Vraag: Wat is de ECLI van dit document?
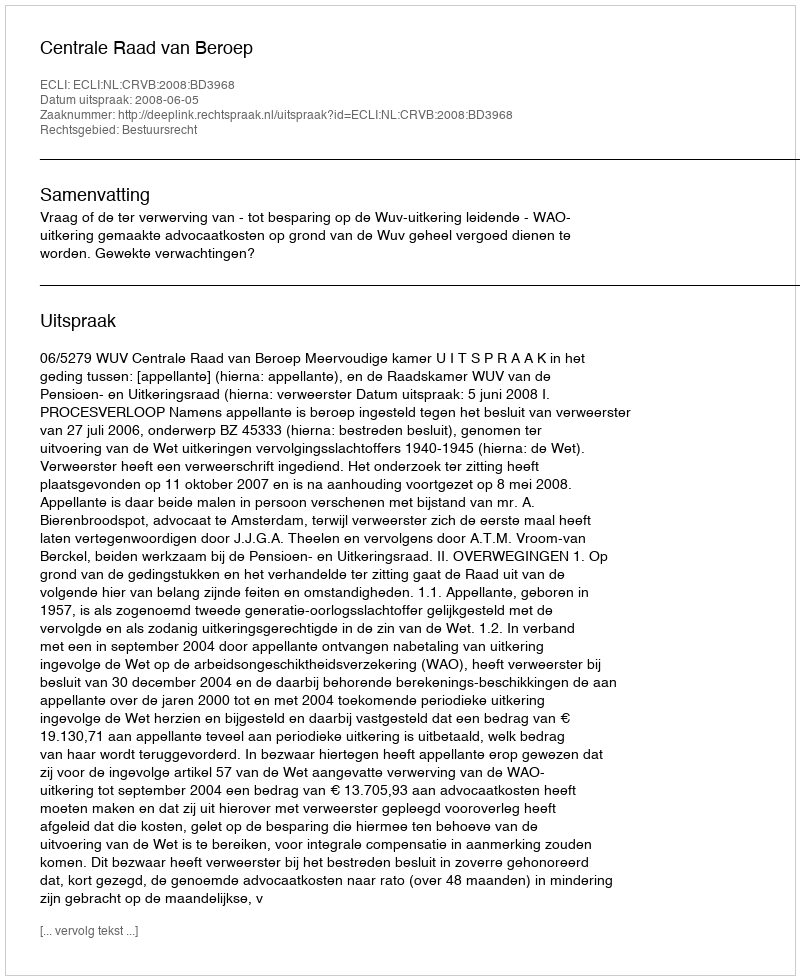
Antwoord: ECLI:NL:CRVB:2008:BD3968